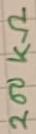
Text: 200KΩ